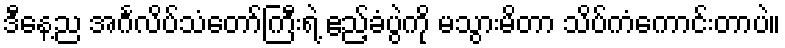
ဒီနေ့ည အင်္ဂလိပ်သံတော်ကြီးရဲ့ ဧည့်ခံပွဲကို မသွားမိတာ သိပ်ကံကောင်းတာပဲ။